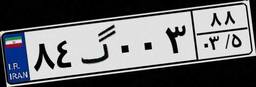
۸۴گ۰۰۳۸۸